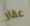
عقار